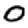
Digit: 0